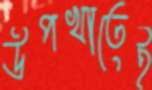
উপখাতেই